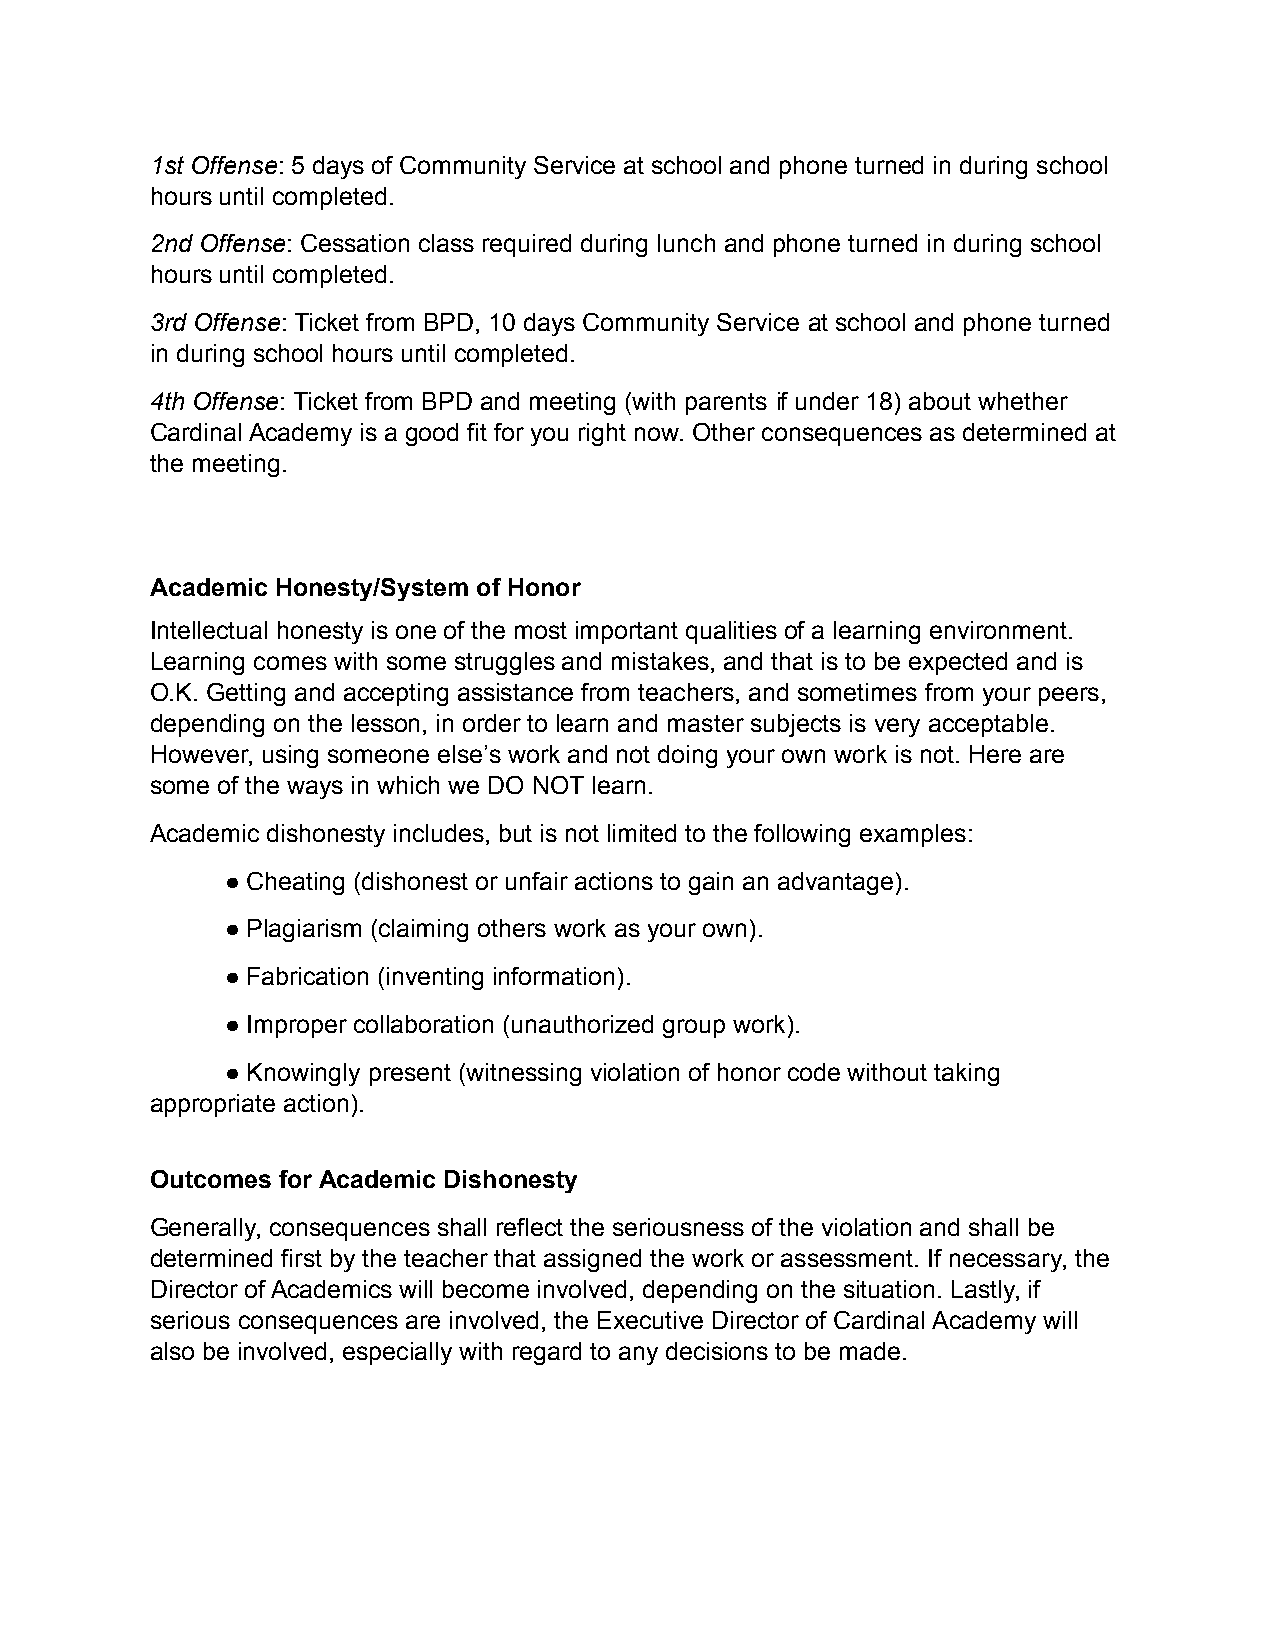
1st Offense: 5 days of Community Service at school and phone turned in during school
 hours until completed.
 2nd Offense: Cessation class required during lunch and phone turned in during school
 hours until completed.
 3rd Offense: Ticket from BPD, 10 days Community Service at school and phone turned
 in during school hours until completed.
 4th Offense: Ticket from BPD and meeting (with parents if under 18) about whether
 Cardinal Academy is a good fit for you right now. Other consequences as determined at
 the meeting.
 Academic Honesty/System of Honor
 Intellectual honesty is one of the most important qualities of a learning environment.
 Learning comes with some struggles and mistakes, and that is to be expected and is
 O.K. Getting and accepting assistance from teachers, and sometimes from your peers,
 depending on the lesson, in order to learn and master subjects is very acceptable.
 However, using someone else’s work and not doing your own work is not. Here are
 some of the ways in which we DO NOT learn.
 Academic dishonesty includes, but is not limited to the following examples:
 ● Cheating (dishonest or unfair actions to gain an advantage).
 ● Plagiarism (claiming others work as your own).
 ● Fabrication (inventing information).
 ● Improper collaboration (unauthorized group work).
 ● Knowingly present (witnessing violation of honor code without taking
 appropriate action).
 Outcomes for Academic Dishonesty
 Generally, consequences shall reflect the seriousness of the violation and shall be
 determined first by the teacher that assigned the work or assessment. If necessary, the
 Director of Academics will become involved, depending on the situation. Lastly, if
 serious consequences are involved, the Executive Director of Cardinal Academy will
 also be involved, especially with regard to any decisions to be made.